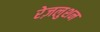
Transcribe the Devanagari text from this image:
रेज़लुशन